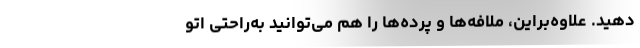
دهید. علاوه‌براین، ملافه‌ها و پرده‌ها را هم می‌توانید به‌راحتی اتو